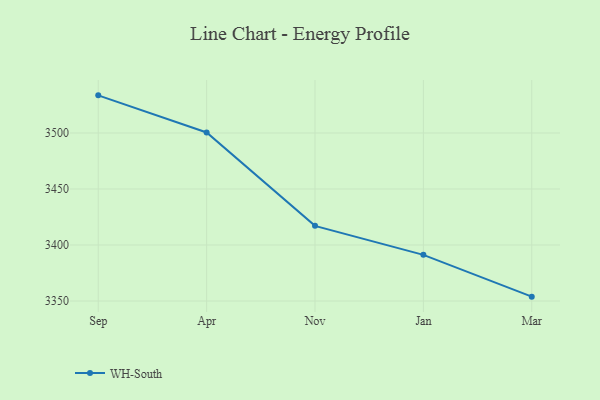
{"axis": {"x": "Month", "y": "LTV (USD)"}, "legend": ["WH-South"], "data": [{"x": "Sep", "y": 3533.6, "type": "WH-South"}, {"x": "Apr", "y": 3500.5, "type": "WH-South"}, {"x": "Nov", "y": 3417.1, "type": "WH-South"}, {"x": "Jan", "y": 3391.2, "type": "WH-South"}, {"x": "Mar", "y": 3353.9, "type": "WH-South"}]}